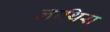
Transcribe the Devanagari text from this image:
लाथिरा